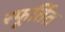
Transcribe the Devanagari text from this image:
स्फूर्तित